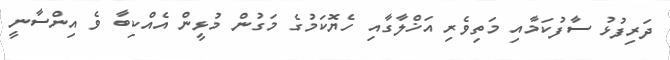
ދަރިފުޅު ސާފުކަމާއި މަތިވެރި އަޚްލާގާއި ހެޔޮކަމުގެ މަގުން މުޅީން އެއްކިބާ ވެ އިންސާނީ